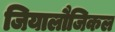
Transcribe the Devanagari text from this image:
जियालौजिकल